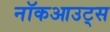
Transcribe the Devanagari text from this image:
नॉकआउट्स